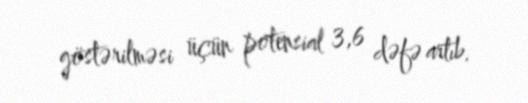
göstərilməsi üçün potensial 3,6 dəfə artıb.